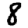
Digit: 8